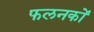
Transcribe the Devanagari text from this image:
फलनकों